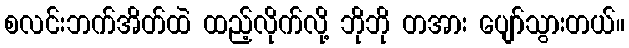
စလင်းဘက်အိတ်ထဲ ထည့်လိုက်လို့ ဘိုဘို တအား ပျော်သွားတယ်။